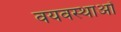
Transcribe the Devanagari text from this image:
वयवस्थाओं